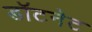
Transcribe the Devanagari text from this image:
डॉटनेट